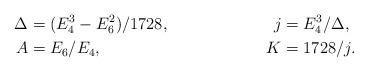
LaTeX: \begin{align*} \Delta &= (E_4^3-E_6^2)/1728, & j &= E_4^3/\Delta,\\ A &= E_6/E_4, & K &= 1728/j.\end{align*}